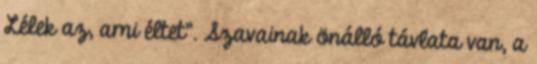
Lélek az, ami éltet”. Szavainak önálló távlata van, a